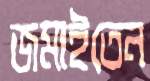
জমাইতেন